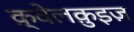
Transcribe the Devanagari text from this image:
क़्वेलक़ुइज़